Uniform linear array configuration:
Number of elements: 8
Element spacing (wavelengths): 0.75
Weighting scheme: blackman
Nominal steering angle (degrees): -60
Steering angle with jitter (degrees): -60.086
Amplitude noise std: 0.05
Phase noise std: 0.05

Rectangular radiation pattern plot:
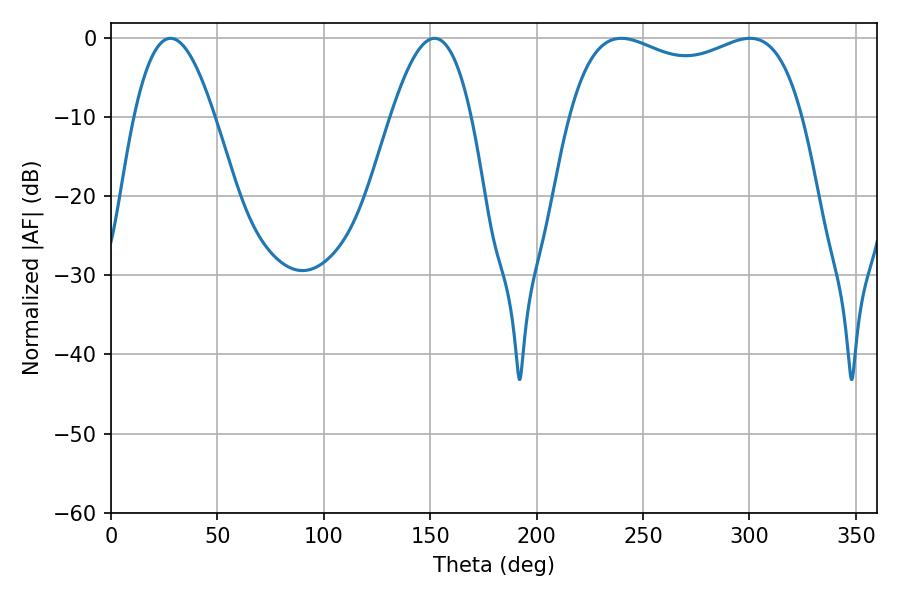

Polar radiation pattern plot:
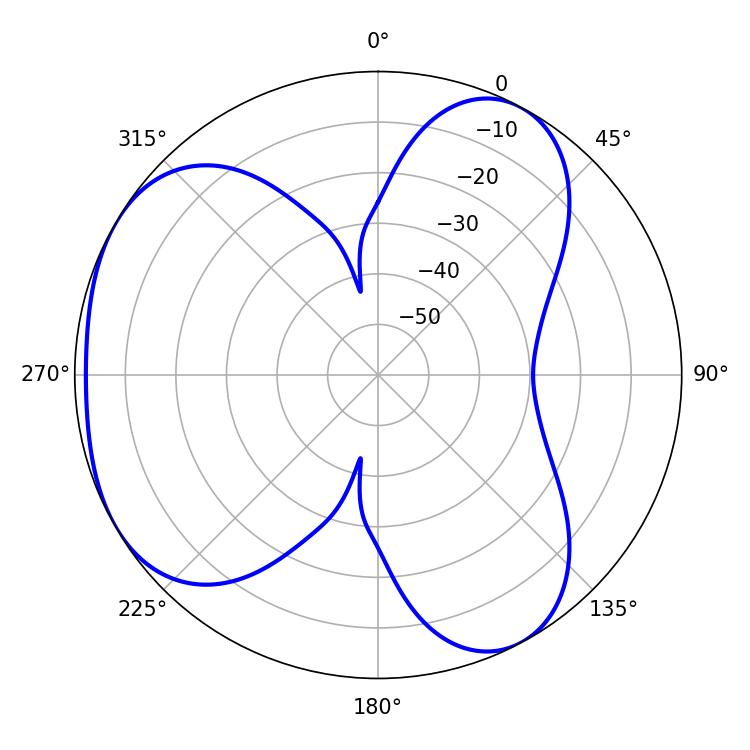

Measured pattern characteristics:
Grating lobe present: TRUE
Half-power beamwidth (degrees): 90
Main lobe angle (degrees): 239.76